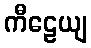
ကီဠေယျ